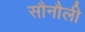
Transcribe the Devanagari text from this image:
सौनौली